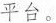
平台。